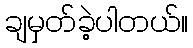
ချမှတ်ခဲ့ပါတယ်။